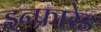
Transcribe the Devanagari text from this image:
इन्‍फ्रारेड